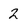
Character: 2